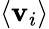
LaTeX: \langle\mathbf{v}_{i}\rangle